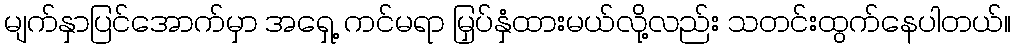
မျက်နှာပြင်အောက်မှာ အရှေ့ ကင်မရာ မြှပ်နှံထားမယ်လို့လည်း သတင်းထွက်နေပါတယ်။